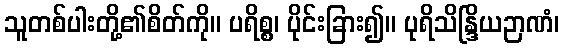
သူတစ်ပါးတို့၏စိတ်ကို။ ပရိစ္စ၊ ပိုင်းခြား၍။ ပုရိသိန္ဒြိယဉာဏံ၊